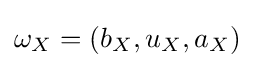
\omega _{X}=(b_{X},u_{X},a_{X})\,\!